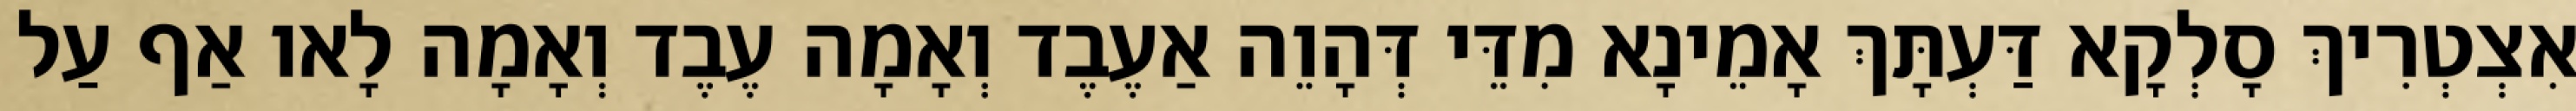
אִצְטְרִיךְ סָלְקָא דַּעְתָּךְ אָמֵינָא מִדֵּי דְּהָוֵה אַעֶבֶד וְאָמָה עֶבֶד וְאָמָה לָאו אַף עַל